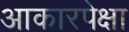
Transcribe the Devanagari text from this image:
आकारपेक्षा